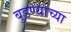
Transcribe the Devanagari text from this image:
बुडण्याच्या